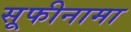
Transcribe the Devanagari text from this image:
सूफीनामा